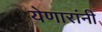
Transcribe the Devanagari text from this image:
येणारांनी